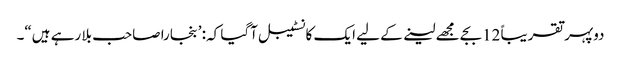
دوپہر تقریباً 12بجے مجھے لینے کے لیے ایک کانسٹیبل آگیا کہ: ’بنجارا صاحب بلا رہے ہیں“۔